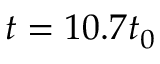
t = 1 0 . 7 { { t } _ { 0 } }